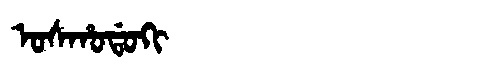
Manchu: ᠣᠰᡥᠣᡩᠣᡴᡳ
Romanization: OSHODOKI